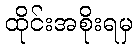
ထိုင်းအစိုးရမှ